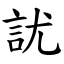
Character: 訧